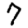
Digit: 7